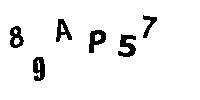
89AP57